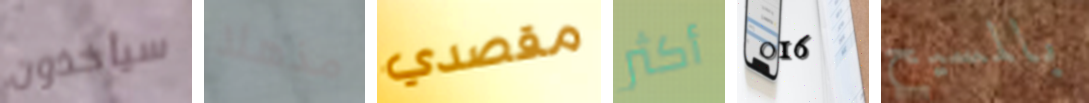
سيأخذون مذهلا مقصدي أكثر 016 بالمسيح